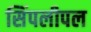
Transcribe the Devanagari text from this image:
सिंपलीपल